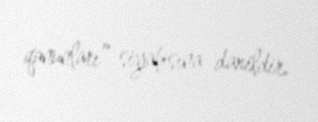
qanunları” siyahısına daxildir.